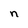
Character: n